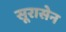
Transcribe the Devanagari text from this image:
सूरासेन